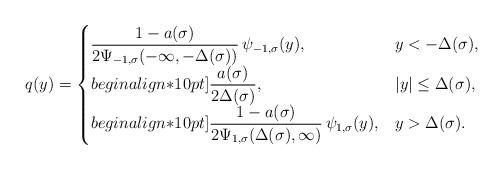
LaTeX: \begin{align*} q(y)=\begin{cases}\dfrac{1-a(\sigma)}{2\Psi_{-1,\sigma}(-\infty,-\Delta(\sigma))}\,\psi_{-1,\sigma}(y),&y<-\Delta(\sigma),\\begin{align*}10pt]\dfrac{a(\sigma)}{2\Delta(\sigma)},&|y|\le\Delta(\sigma),\\begin{align*}10pt]\dfrac{1-a(\sigma)}{2\Psi_{1,\sigma}(\Delta(\sigma),\infty)}\,\psi_{1,\sigma}(y),&y>\Delta(\sigma).\end{cases}\end{align*}